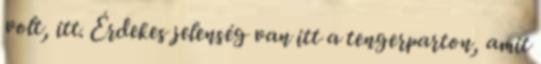
volt, itt. Érdekes jelenség van itt a tengerparton, amit